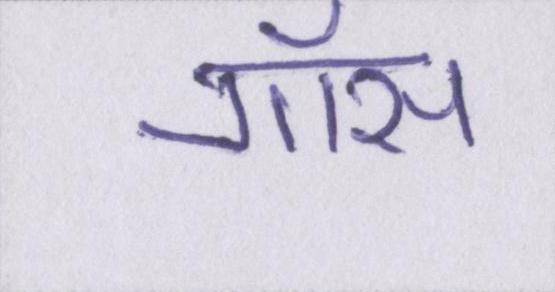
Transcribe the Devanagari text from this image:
गॉस